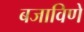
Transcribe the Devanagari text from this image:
बजाविणे